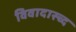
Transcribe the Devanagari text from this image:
विवादास्च्द